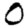
Digit: 0